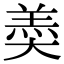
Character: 𡙡